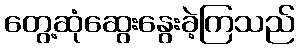
တွေ့ဆုံဆွေးနွေးခဲ့ကြသည်